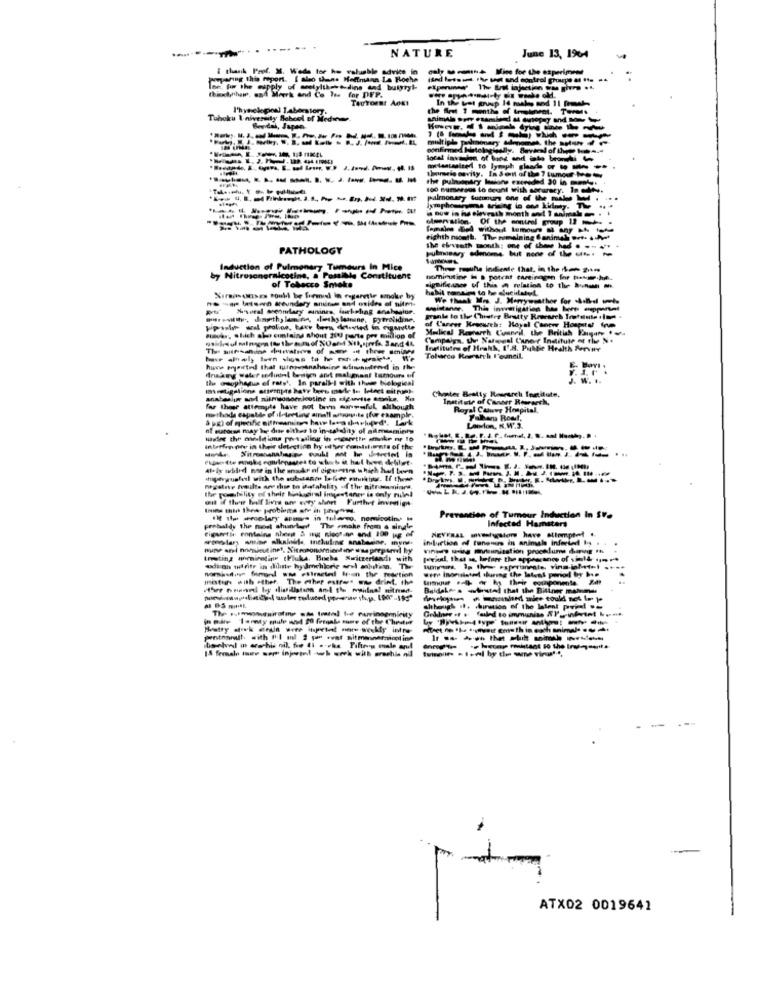
NATURE
June 13, 1%4
i thank Prof. X. Wede tor ho valuable advice in
wyaring this report. I also dans Hoffmann La Roche
ised Iets The west and control pros & #te
Toe pr the cupply of acetylthesedins dad butyryt-
thishyphae, and Work and Co les for DFP.
Tautors: Adat
the Art 1 monthe of Immekeineat.
Tohoku I niversity School of Medw
multiple paal
Imnomes, the moon 4l
A to lymp
ity. In Se
100 numerous to count with sorurecy. Io C
pulmonary tucours one of the males
owenstion Of the control group 1 -
female Bed without Lumour al any IN tok
eighth mouth. The remaining 6animali ore. .. Det
PATHOLOGY
pubmisay edmoms, but none of the ......
the eleventh month: one
Induction of Pulmonary Tumours In Mice
These results indicate that, in the -2-m
by Nitrosonornicotina, a Possible Constituent
nominutine W a potcht tantinogen for tott.hat ..
of Tobacco Smoke
habit romains to be elucidated.
ne eps Itsern seundery amitam and osides of sites-
Xirsonouses could be formid in regaretir amolte by
We thal Wo J. Menysother for --- -
wwistaner. This investigation has been meppental
-ntv dingth,lamina, miks lemans, pytrolidine.
grande to the Chutes Bratty Research Tostente .Inm .
pipil and proline, have been deseted in cigarette
of Career Kreeureh: Hoyal Cantw Horpets im
Medical Reetarth Caneil, the British Parane 1.
Hover, which also contains ahout 200 parte pes million of
Campaign, Uv Nalegal Caner Inditute at the N.
Institutes of Hrakh, 1'.8. Public Health Server
Tobacco Research l'euneil.
Ils esophagus of rats', In parallel with thede biological
Icetigalions atternpas have been made to letect mit pull-
Chanter Beatty Research fontiute,
anabasin and nitmsonornicotine in diewrite cooke, Ku
Institute of Cancer Research,
far those attemple have not town marwaful, although
Royal Couve Hospital.
methode capable of il-leeting aina !! watgsuite (for example.
Falham Rout,
ni sutores may be dite eithes to instalality of aimsamintys
London, K.W'.3.
Interfer nev in their detective hy other contshints of the
Ally wbdid not in The anoukr of cigarettes which had been
hijanyugfall with the substance lafer makta. If these
the poohelity of their Kakogiral ingestaner is only rulel
oil if there Iulf lives are very short Further investigs
IN the wmolary apas in tulareo. nemicotiny #
Prevention of Tumour Induction In SV.
Infected Hamsters
prebaldy the most shundert The emnake from a single
NEVTRAL wwwsom have attempted ..
induction of funours in animals infected by . .
Finans wis mutunization prooklume dag Ih
Imating aminotine thiuka. Buchs Switzerland) with
Nomadine fononl m Filmetel In the mesetion
metin with other. The ethet estres . drint. the
.
Buideles tel that the Bittner mamma
although it. union of the latest print
in mare "Tematy mule and 90 fregate some of the Chester
pentnamlh. with #1-1 ml 2 gan svar sitmannermicol inn
-
ATX02 0019641